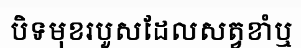
បិទមុខរបួសដែលសត្វខាំឬ